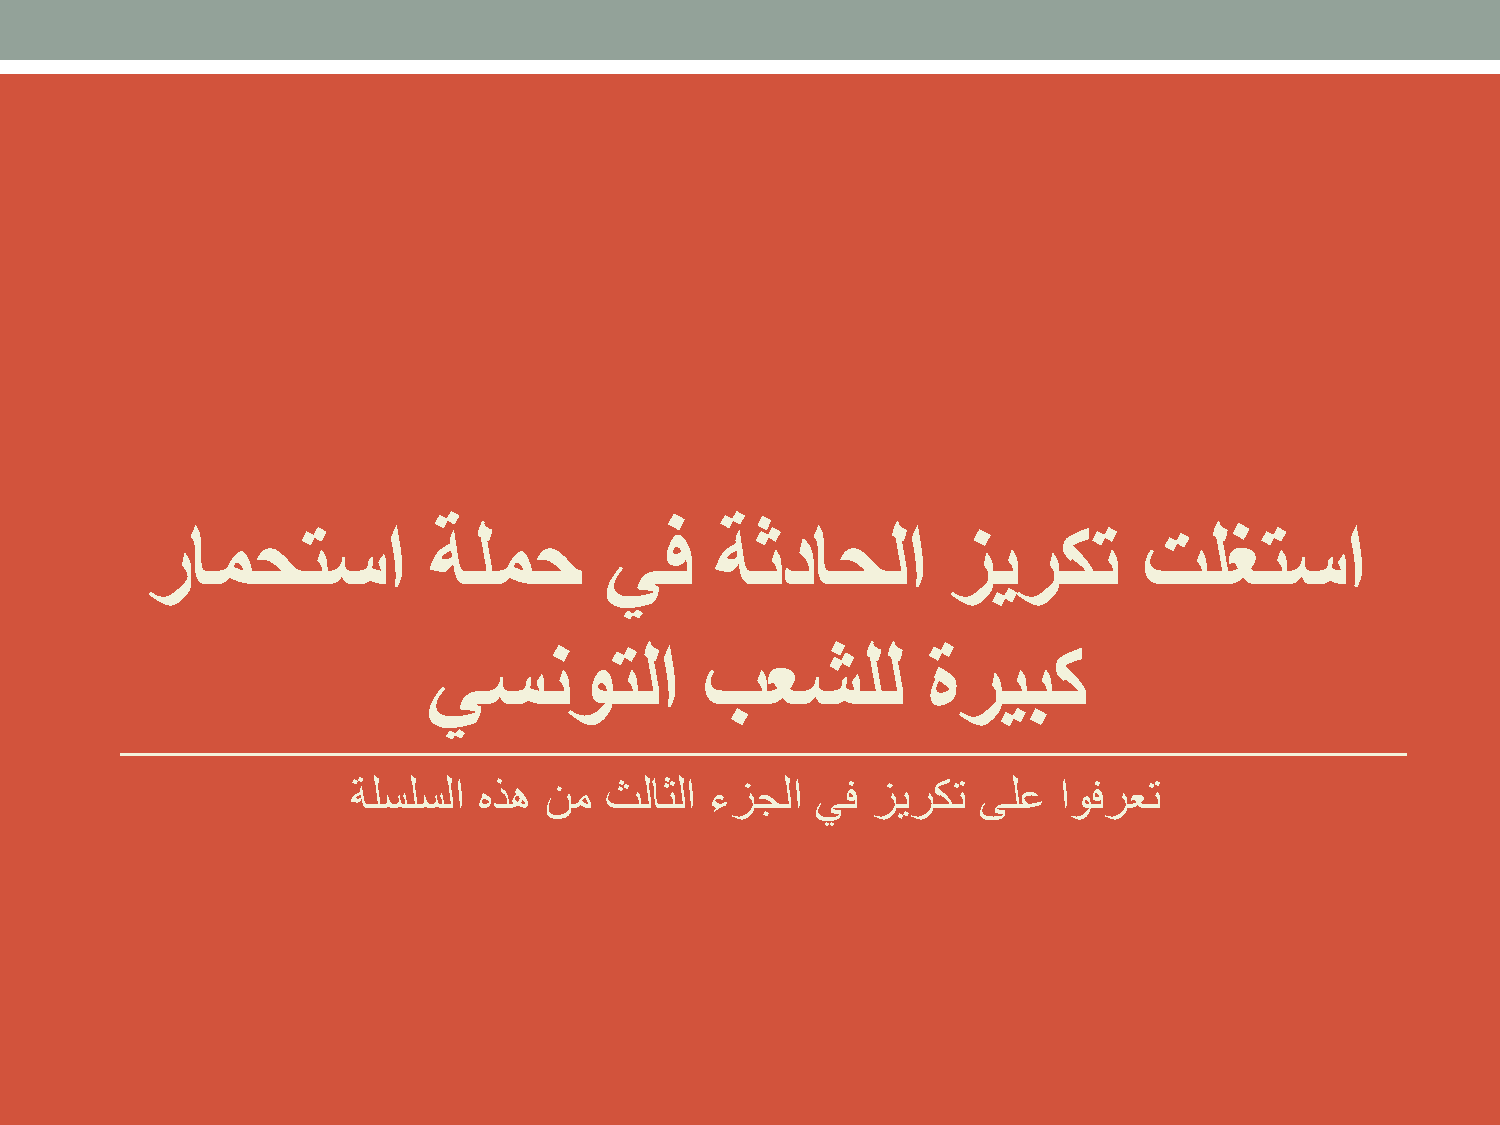
رامحتسا           ةلمح        يف     ةثداحلا         زيركت        تلغتسا
 يسنوتلا            بعشلل         ةريبك
 ةلسلسلا  هذه نم  ثلاثلا ءزجلا  يف  زيركت  ىلع  اوفرعت